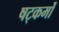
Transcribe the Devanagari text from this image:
षट्कर्मों